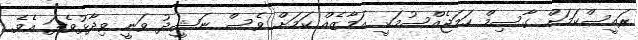
ރައީސްކަމަށް ގާސިމް ހަމަޖެއްސުމަކީ އަމާޒެއް ކަމަށް ވެސް ނަޝީދު ވަނީ ވިދާޅުވެފަ އެވެ.